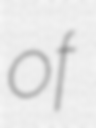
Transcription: of